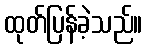
ထုတ်ပြန်ခဲ့သည်။